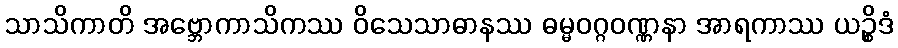
သာသိကာတိ အဗ္ဘောကာသိကဿ ဝိသေသာဓာနဿ ဓမ္မဝဂ္ဂဝဏ္ဏနာ အာရကာဿ ယဉ္စိဒံ